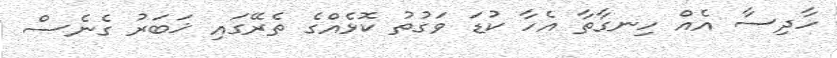
ހާދިސާ އެއް ހިނގާތާ އެހާ ކުޑަ ވަގުތު ކޮޅެއްގެ ތެރޭގައި ޚަބަރު ގެނެސް